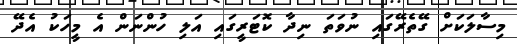
މިސާލަކަށް ގޭތެރޭގައި ނުވަތަ ނިދާ ކޮޓަރީގައި އަލި ހުންނަން އެ މީހަކު އެދޭ